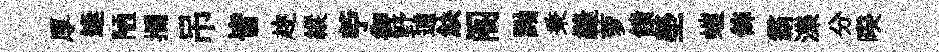
厚逢陋攔吊皆趂縱苧御野逋觖阁黝秉縫萝饋塋螘飾霸濼分暌